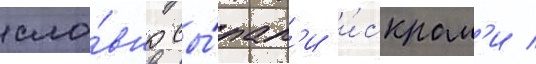
сло́вно сы́пал'и и́скрам'и /